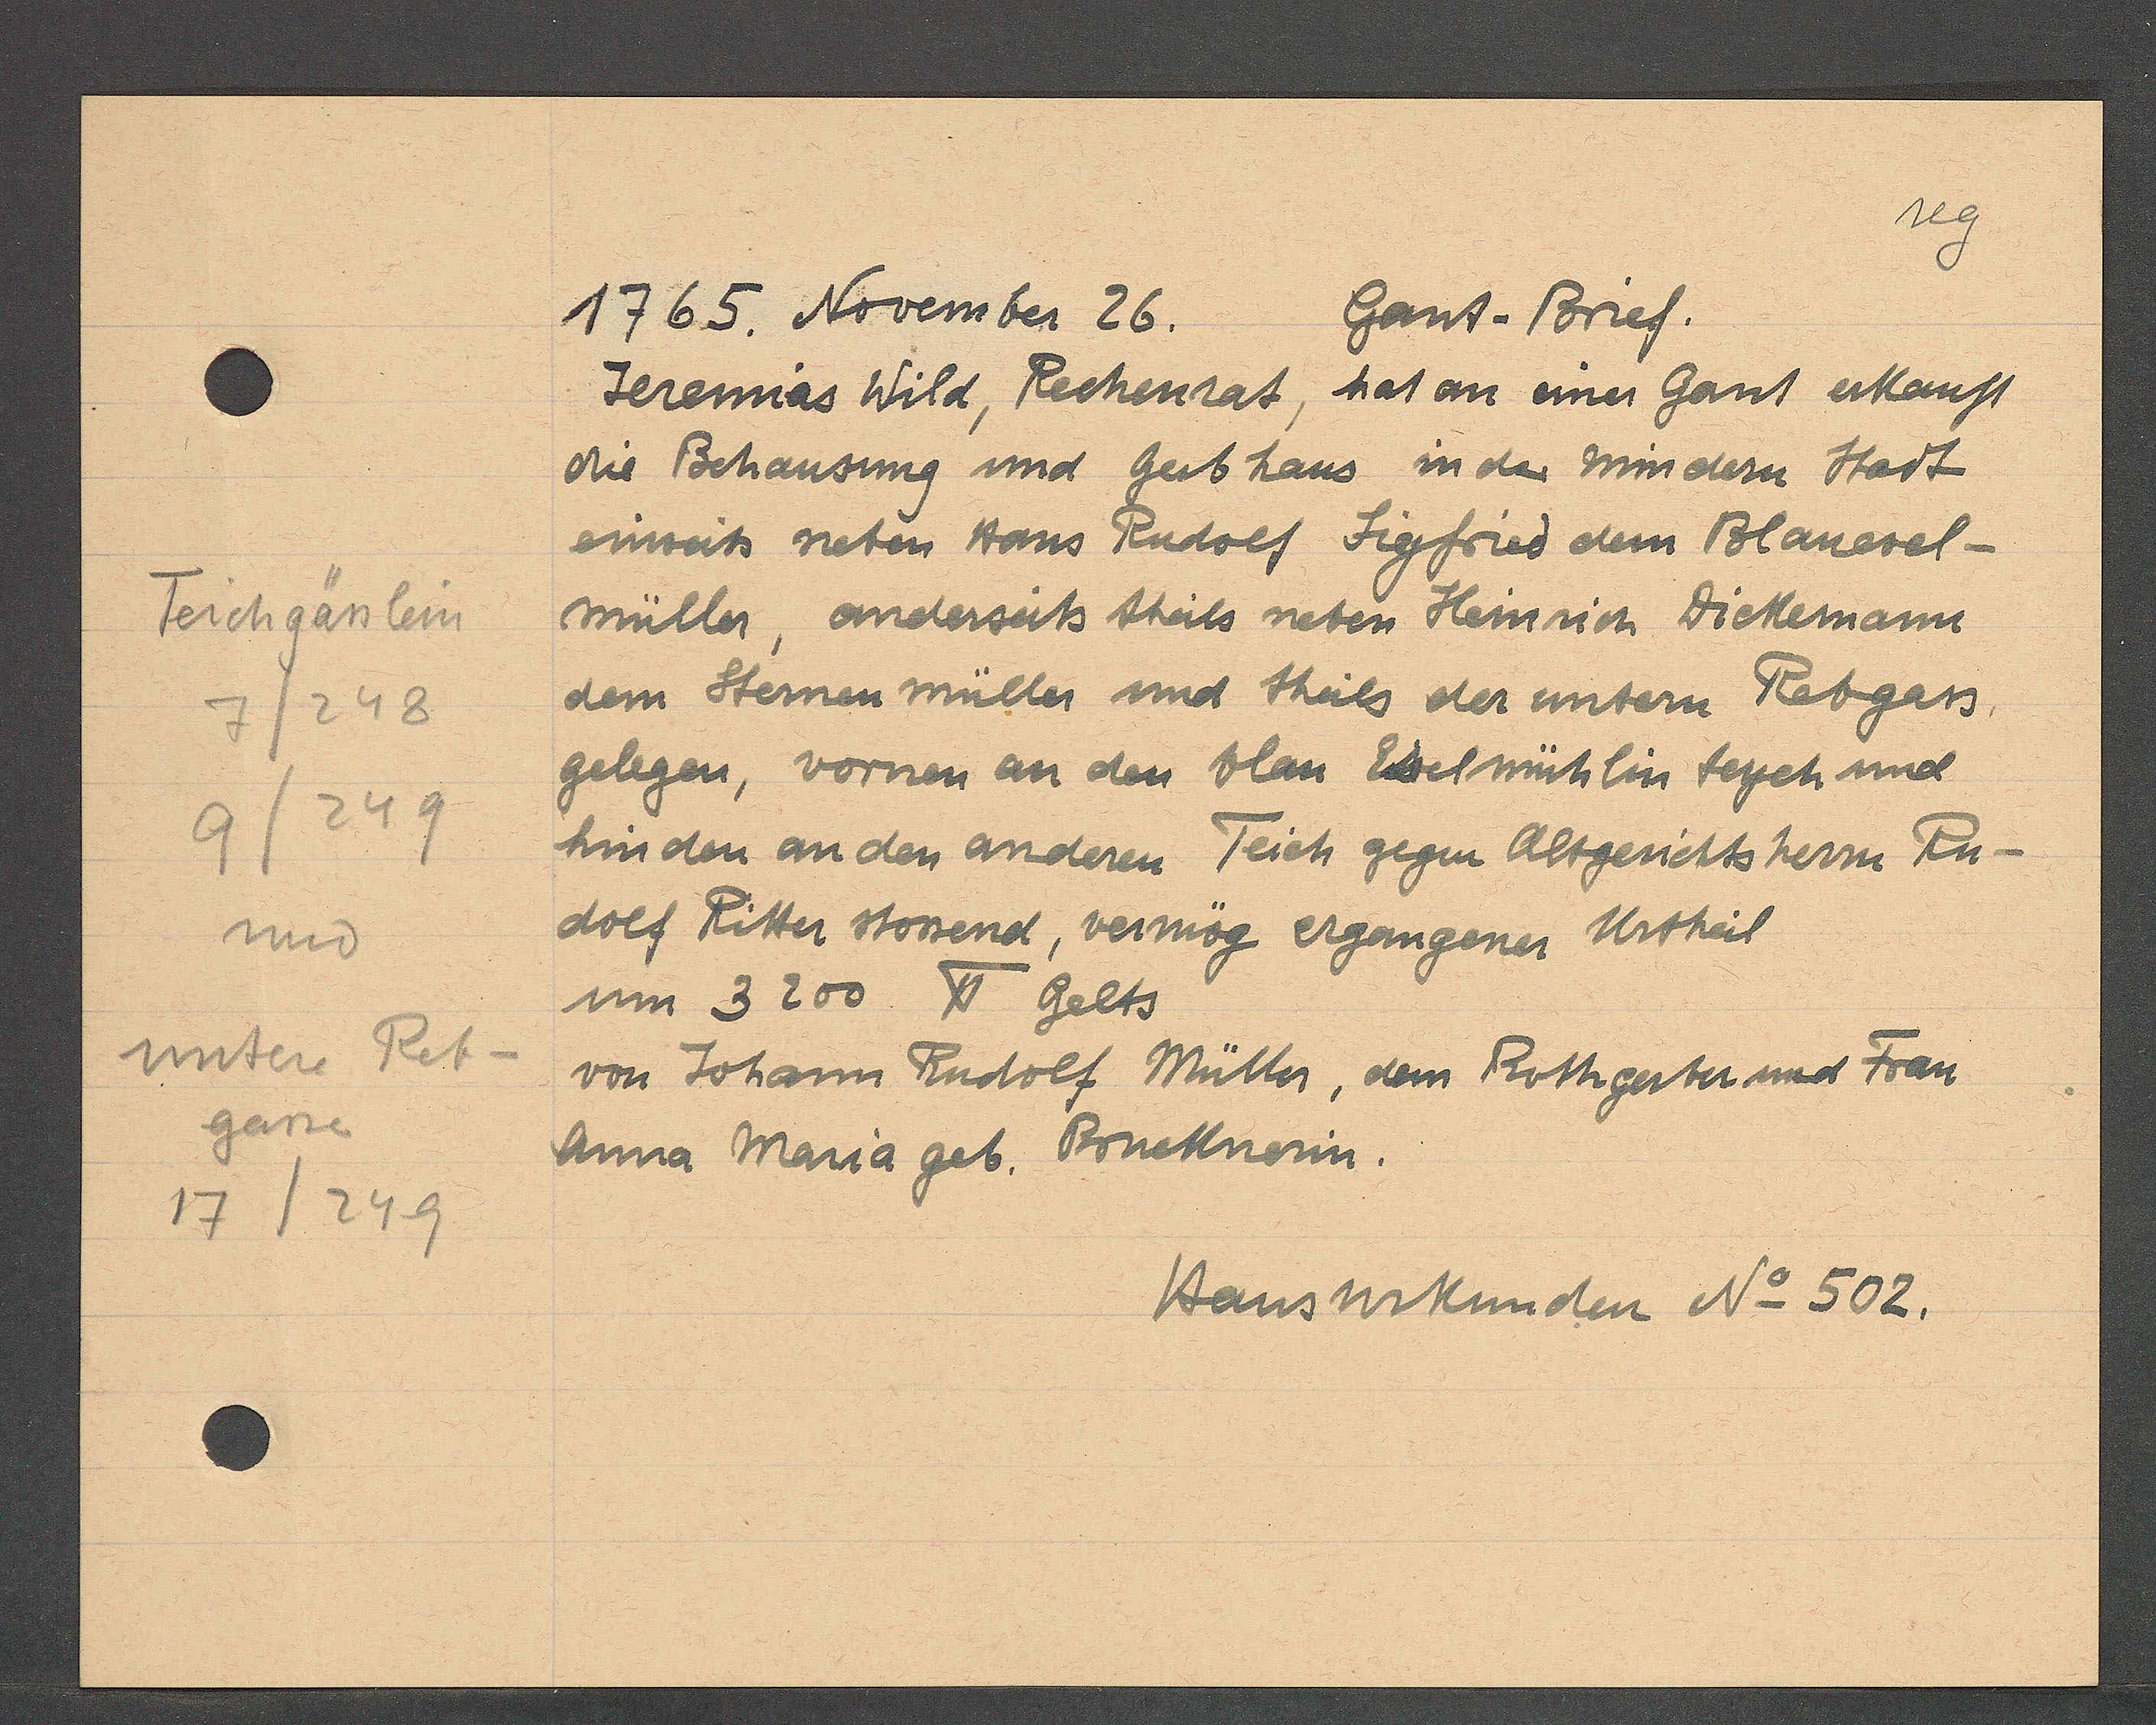
Transcript:
Teichgässlein
7/248
7/249
und
untere Reb¬
gasse
17/249

1765. November 26.
Gant-Brief.

Jeremias Wild, Rechenrat, hat an einer Gant erkauft
die Behausung und Gerb haus in der mindern Stadt
einseits neben Hans Rudolf Sigfried dem Blauesel-
müller, anderseits theils neben Heinrich Dickemann
dem Sternen müller und theils der untern Rebgass,
gelegen, vornen an den blau Eselmühlin teych und
hinden an den anderen Teich gegen Altgerichtshern Ru-
dolf Ritter stosend, vermög ergangener Urtheil
um 3200℔ Gelts
von Johann Rudolf Müller, dem Rothgerber und Frau
Anna Maria geb. Bonellnerin.

Hausurkunden No 502.